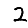
Digit: 2